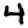
Digit: 4